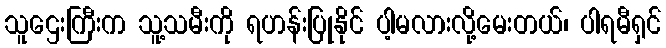
သူဌေးကြီးက သူ့သမီးကို ရဟန်းပြုနိုင် ပါ့မလားလို့မေးတယ်၊ ပါရမီရှင်